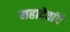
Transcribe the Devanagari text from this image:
महादेवांचे